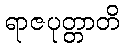
ရာဇပုတ္တာတိ